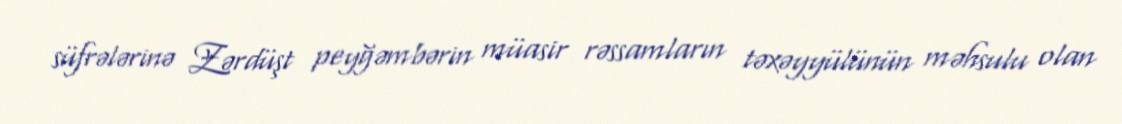
süfrələrinə Zərdüşt peyğəmbərin müasir rəssamların təxəyyülünün məhsulu olan